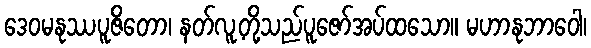
ဒေဝမနုဿပူဇိတော၊ နတ်လူ့တို့သည်ပူဇော်အပ်ထသော။ မဟာနုဘာဝေါ၊